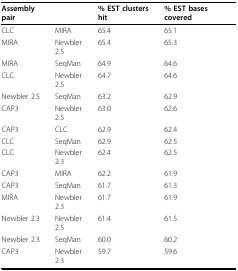
<table><thead><tr><td><b>Assembly pair</b></td><td></td><td><b>% EST clusters hit</b></td><td><b>% EST bases covered</b></td></tr></thead><tbody><tr><td>CLC</td><td>MIRA</td><td>65.4</td><td>65.1</td></tr><tr><td>MIRA</td><td>Newbler 2.5</td><td>65.4</td><td>65.3</td></tr><tr><td>MIRA</td><td>SeqMan</td><td>64.9</td><td>64.6</td></tr><tr><td>CLC</td><td>Newbler 2.5</td><td>64.7</td><td>64.6</td></tr><tr><td>Newbler 2.5</td><td>SeqMan</td><td>63.2</td><td>62.9</td></tr><tr><td>CAP3</td><td>Newbler 2.5</td><td>63.0</td><td>62.6</td></tr><tr><td>CAP3</td><td>CLC</td><td>62.9</td><td>62.4</td></tr><tr><td>CLC</td><td>SeqMan</td><td>62.9</td><td>62.5</td></tr><tr><td>CLC</td><td>Newbler 2.3</td><td>62.4</td><td>62.5</td></tr><tr><td>CAP3</td><td>MIRA</td><td>62.2</td><td>61.9</td></tr><tr><td>CAP3</td><td>SeqMan</td><td>61.7</td><td>61.3</td></tr><tr><td>MIRA</td><td>Newbler 2.3</td><td>61.7</td><td>61.9</td></tr><tr><td>Newbler 2.3</td><td>Newbler 2.5</td><td>61.4</td><td>61.5</td></tr><tr><td>Newbler 2.3</td><td>SeqMan</td><td>60.0</td><td>60.2</td></tr><tr><td>CAP3</td><td>Newbler 2.3</td><td>59.7</td><td>59.6</td></tr></tbody></table>